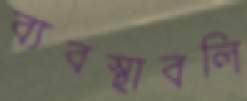
ব্যবস্থাবলি